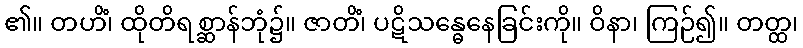
၏။ တဟိံ၊ ထိုတိရစ္ဆာန်ဘုံ၌။ ဇာတိံ၊ ပဋိသန္ဓေနေခြင်းကို။ ဝိနာ၊ ကြဉ်၍။ တတ္ထ၊